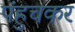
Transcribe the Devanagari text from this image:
पंहुचकर